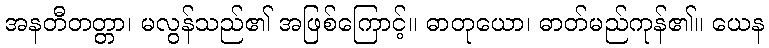
အနတီတတ္တာ၊ မလွန်သည်၏ အဖြစ်ကြောင့်။ ဓာတုယော၊ ဓာတ်မည်ကုန်၏။ ယေန